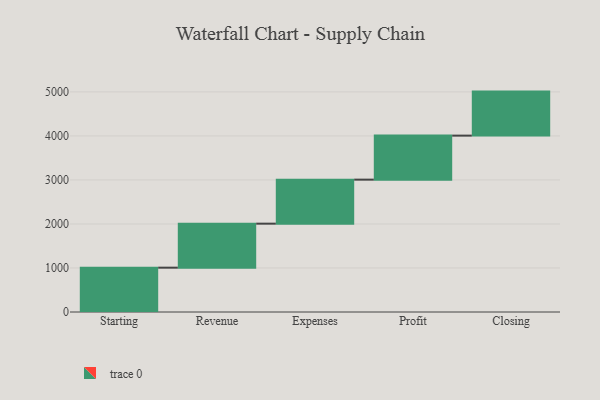
{"axis": {"x": "Step", "y": "Value"}, "legend": [""], "data": [{"x": "Starting", "y": 1007.0, "type": ""}, {"x": "Revenue", "y": 1000, "type": ""}, {"x": "Expenses", "y": 1000, "type": ""}, {"x": "Profit", "y": 1000, "type": ""}, {"x": "Closing", "y": 1000, "type": ""}]}